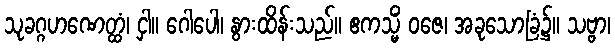
သုခဂ္ဂဟဏေတ္ထံ၊ ငှါ။ ဂေါပေါ၊ နွားထိန်းသည်။ ဧကသ္မိံ ဝဇေ၊ အခုသောခြံ၌။ သဗ္ဗာ၊